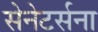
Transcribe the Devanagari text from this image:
सेनेटर्सना